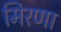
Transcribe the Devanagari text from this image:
मिरणा